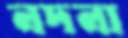
নদনা